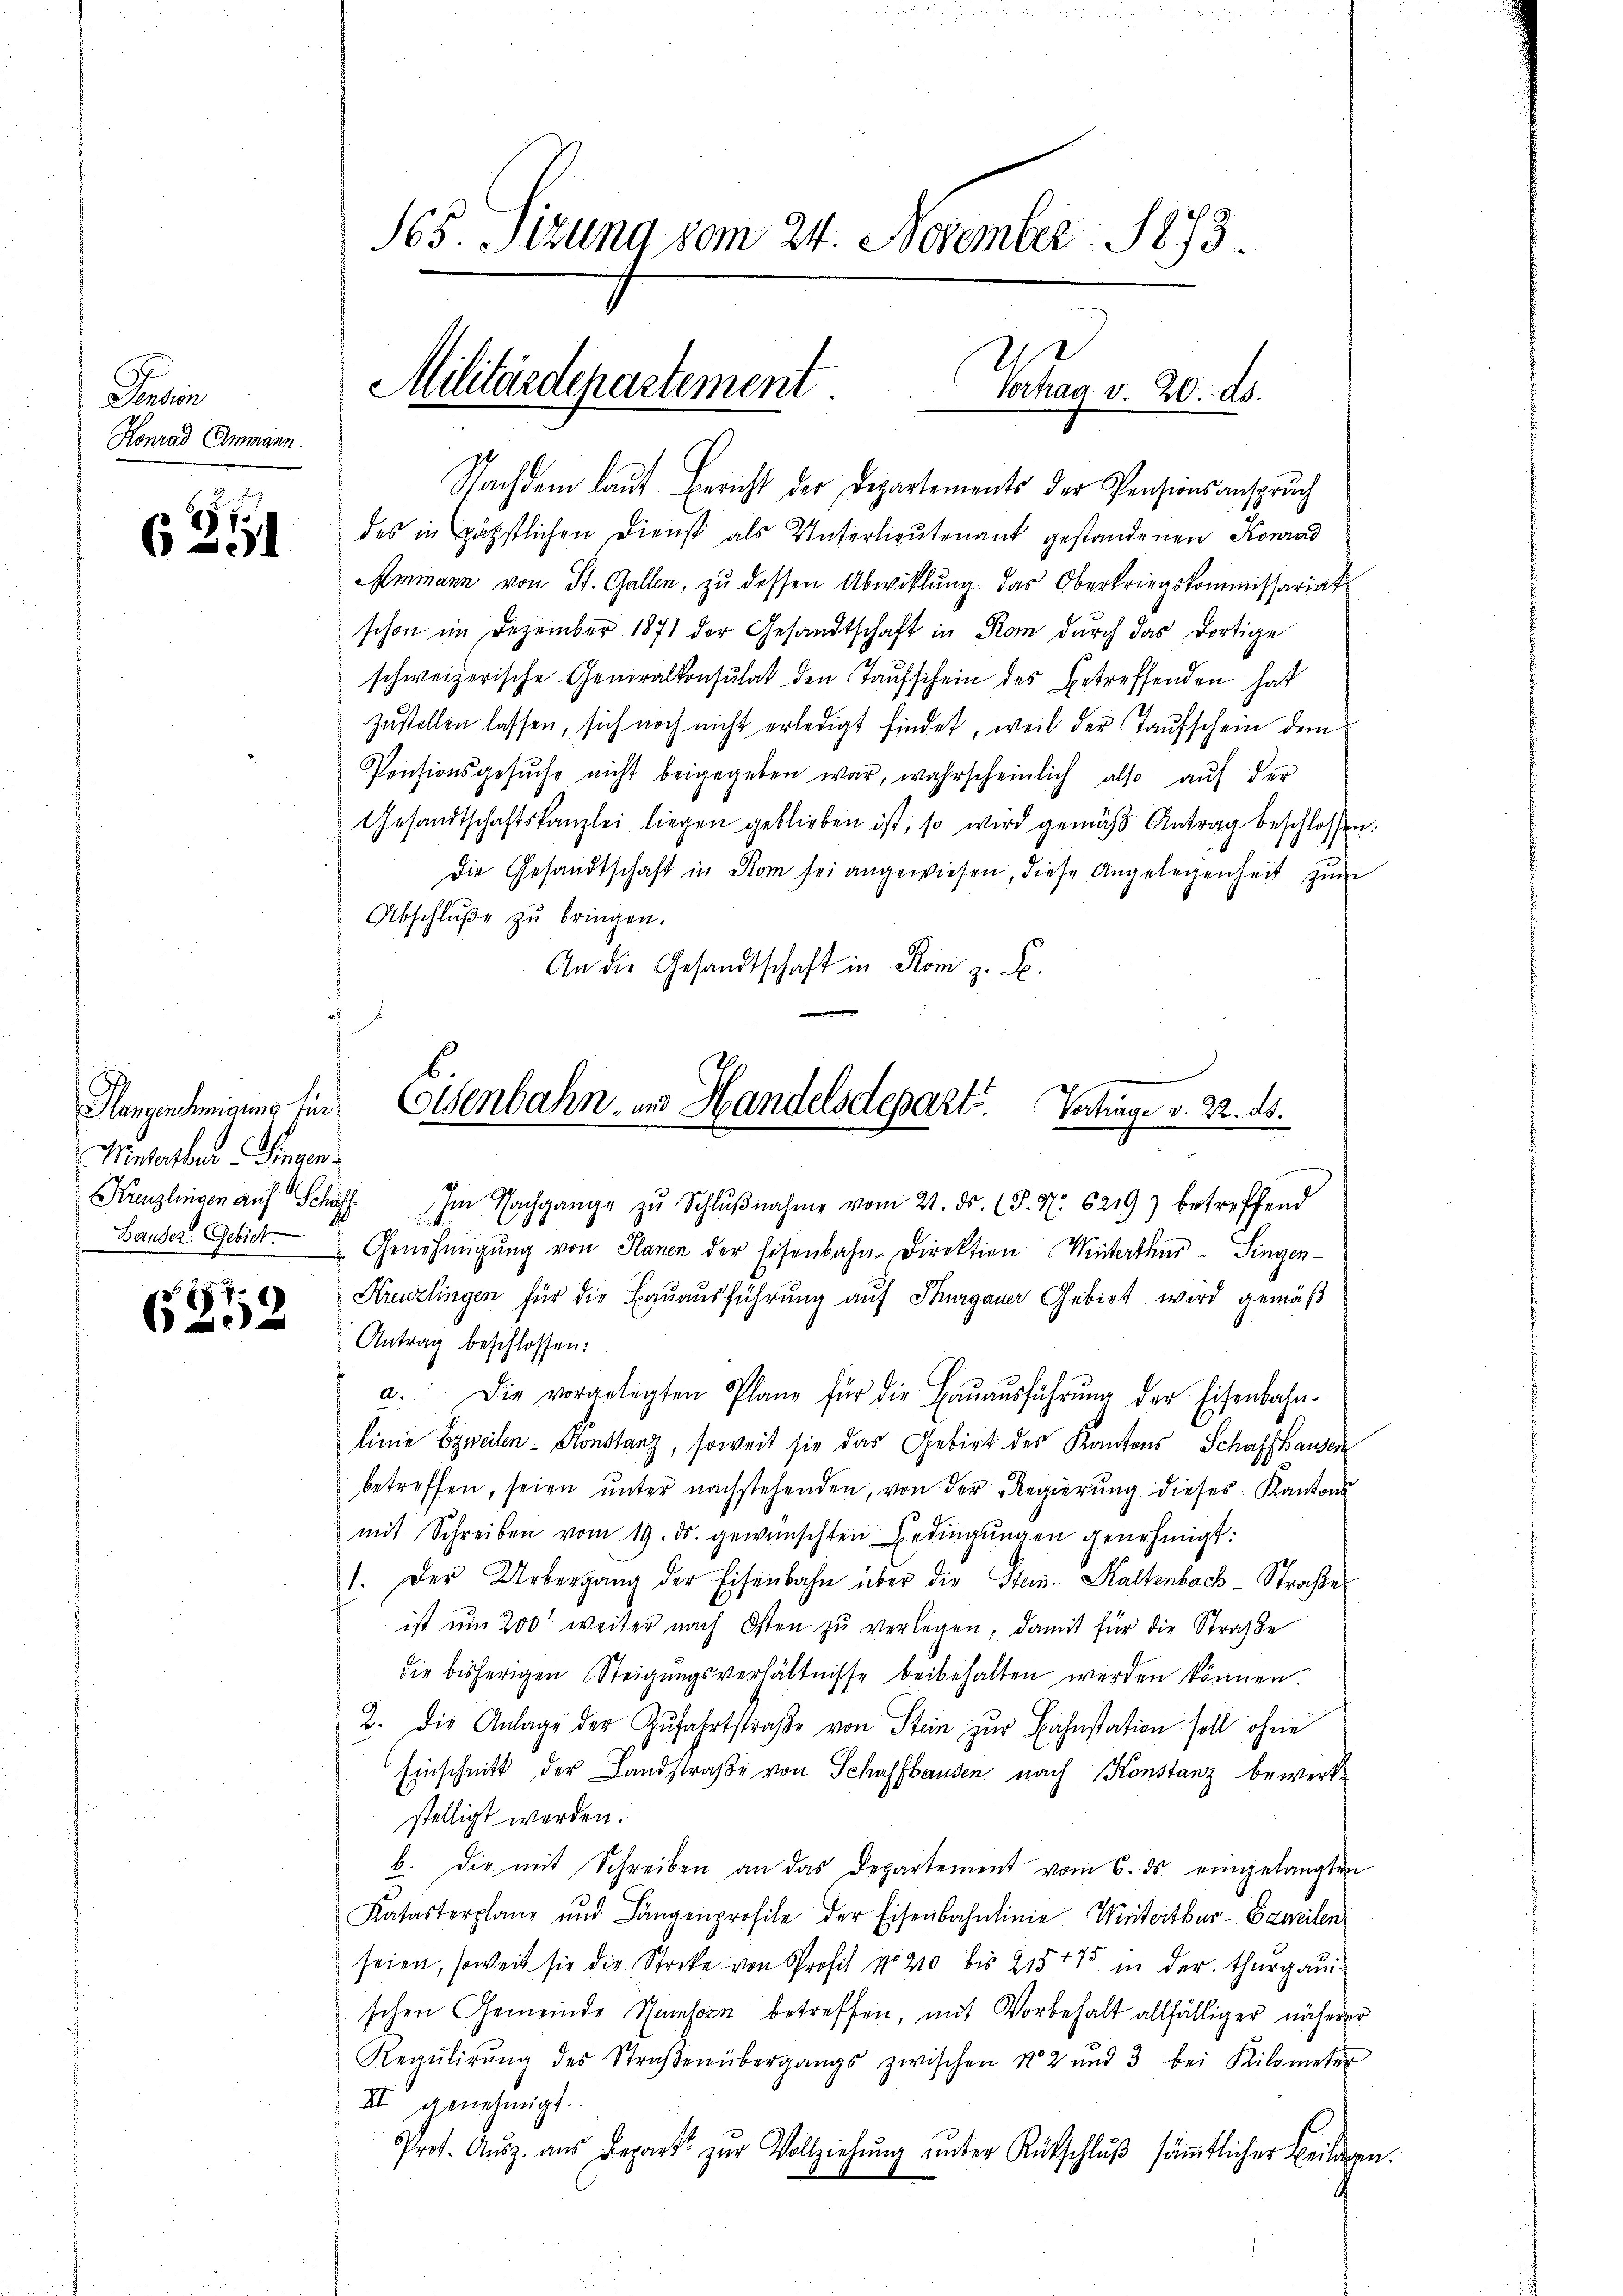
Dasein
Konrad Ammann.

2
631

Hangenehmigung fin
Winterber Fingen.

P.
602

165. Sitzung vom 24. November 1873.

Militärdepartement
Vochag v. 20. ds.

Nachdem laut Bericht der Departements der Pensionsanspruch
des in päpstlichen Dienst als Unterlieutenant gestandenen Konrad
Ammann von St. Gallen, zu dessen Abwicklung. Das Oberkriegskommissariat
schon im Dezember 1871 der Gesandtschaft in Rom durch das dortige
schweizerische Generalkonsulat den Taŭfschein des betreffenden hat
zŭstellen lassen, sich noch nicht erledigt findet, weil der Taufschein dem
Pensionsgesŭche nicht beigegeben war, wahrscheinlich also aŭf der
Gesandtschaftskanzlei liegen geblieben ist, so wird gemäβ Antrag beschlossen:
Die Gesandtschaft in Rom sei angewiesen, diese Angelegenheit zum
Abschlŭβe zŭ bringen.
An die Gesandtschaft in Rom z. B.
Kanzlingen auf Schiff. Im Nachgange zŭ Schlŭβnahme vom 21. ds. (T. N. 6219) betreffend
Bauder Gebiet. Genehmigŭng von Planen der Eisenbahn-Direktion Winterthur - Singen-
Kreuzlingen für die Bauausführung auf Thurgauer Gebiet wird gemäß
Antrag beschlossen:
a. Die vorgelegten Plane für die Baŭaŭsführŭng der Eisenbahn-
linie zweilen - Konstanz, soweit sie das Gebiet des Kantons Schaffhausen
betreffen, seien ŭnter nachstehenden, von der Regierŭng dieses Kantons
mit Schreiben vom 19. ds. gewünschten Bedingŭngen genehmigt:
1. Der Uebergang der Eisenbahn über die Stein-Kaltenbach Straße
ist um 200. weiter nach Osten zŭ verlegen, damit für die Straße
die bisherigen Steigŭngsverhältnisse beibehalten werden können.
2. die Anlage der Zŭfahrtstraße von Stein zur Bahnstation soll ohne
Einschnitt der Landstraße von Schaffhausen nach Konstanz bewerkstelligt werden.
b. die mit Schreiben an das Departement vom 6. ds eingelangten
Katasterplane und Langenprofile der Eisenbahnlinie Wintertbur-Ezweilen
seien, soweit sie die Streke von Profil No 210 bis 215475 in der thurgauischen Gemeinde Schumforn betreffen, mit Vorbehalt allfälliger näherer
Regŭlirŭng des Straβenübergangs zwischen No 2 und 3 bei Kilometer
II genehmigt.
Prot. Aŭsz. aus Depart zŭr Vollziehŭng ŭnter Rückschlŭβ säṁtlicher Bildern.

Colsenbahn und Handelsdepart.
Vortrage v. 2. ds.